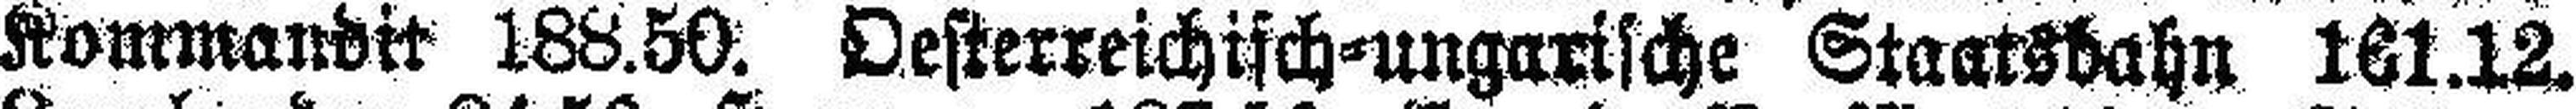
Kommandit 188.50. Oesterreichisch=ungarische Staatsbahn 161.12.